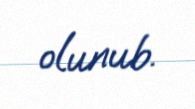
olunub.